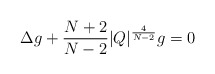
\begin{align*}\Delta g+\frac{N+2}{N-2}|Q|^{\frac{4}{N-2}} g=0\end{align*}